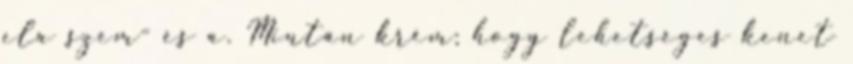
ela szem- és a. Miután krém; hogy lehetséges kenet